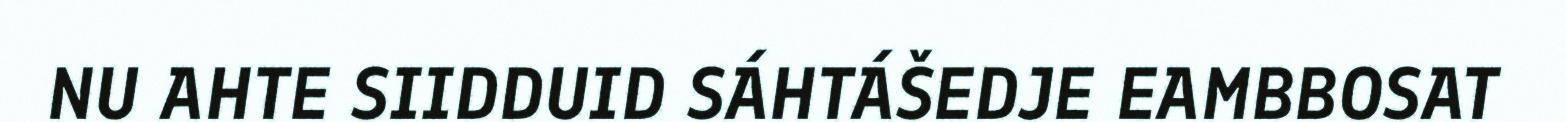
NU AHTE SIIDDUID SÁHTÁŠEDJE EAMBBOSAT